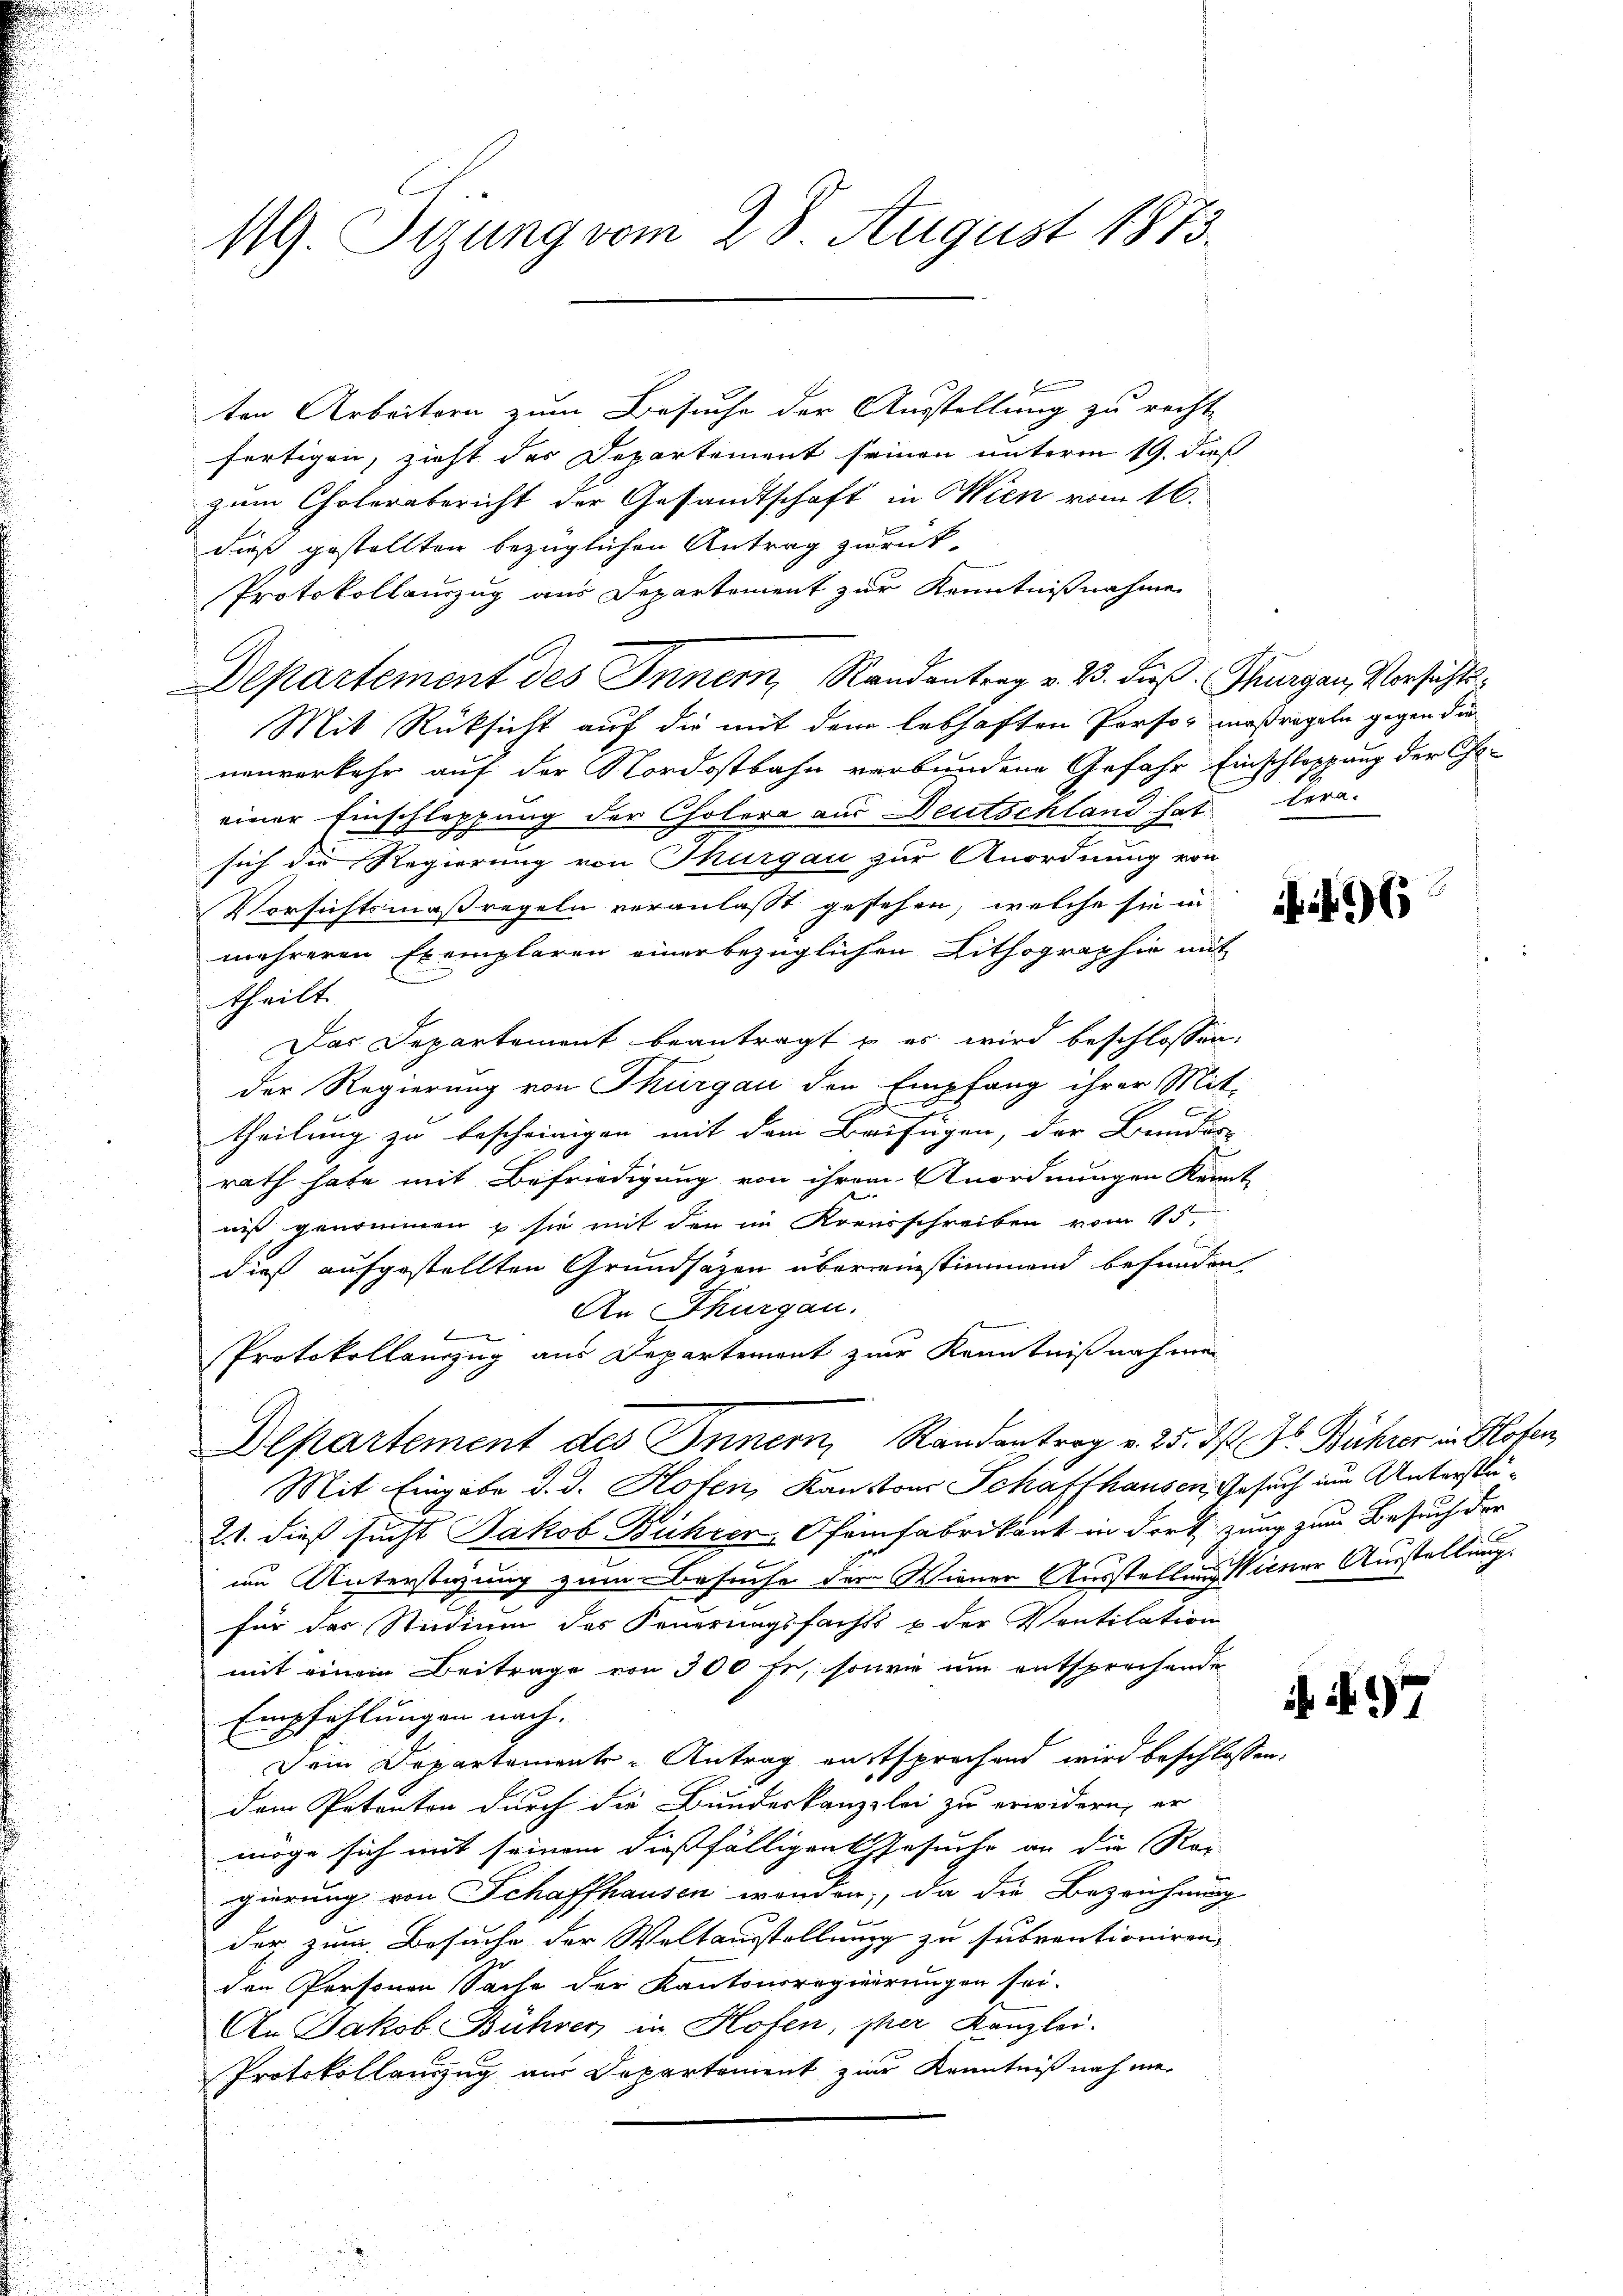
1. Tizung vom 28. August 1873.

ten Arbeitern zum Besuche der Ausstellung zu rechte
fertigen, zieht des Departement seinen unterm 19. dieß
zum Cholerabericht der Gesandtschaft in Wien vom 16.
dieß gestellten bezüglichen Antrag zurück-
Protokollauszug aus Departement zur Kenntnißnahme
Departement des Innern, Randentrag v. 23. dieß: Thurgau, Vorsichts¬
Mit Rücksicht auf die mit dem lebhaften Person maßregeln gegen die
nenverkehr auf der Nordostbahn verbundene Gefahr Einschleppung der Choeiner Einschleppung der Cholera aus Deutschland hat lern.
sich die Regierung von Thurgau zur Anordnung von
Vorsichtsmaßregeln veranlasst gestehen, welche sie in
mehreren Exemplaren einer bezüglichen Lithographie mit
theilt.
Das Departement beantragt u es wird beschlossen:
der Regierung von Thurgau den Empfang ihrer Mit-
d
d
theilung zu bescheinigen mit dem Beifügen, der Bundere
rath habe mit Befriedigung von ihrem Anordnungen Kennt
niß genommen u sie mit den im Kreisschreiben vom 15.
dieß aufgestellten Grundsätzen übereinstimmend befunden.
An Thurgau.
Protokollauszug aus Departement zur Kenntnißnahmen
Departement des Innern, Randantrag v. 25. ds. Dr. Bührer in Hofen,
Mit Eingabe d. d. Hofen, Kantons Schaffhausen, Gesuch um Unterstü¬
21. dieß sucht Jakob Bührer Ofenfabrikant in dort zung zum Besuch der
um Unterstüzung zum Besuche der Wiener Ausstellung seiner Ausstellung.
für das Studium des Feuerungsfachs & der Ventilation
mit einem Beitrage von 300 fr, sowie um entsprechende
Empfehlungen nach.
Dein Departements-Antrag entsprechend wird beschlossen:
dem Petenton durch die Bundeskanzlei zu erwidern, er
möge sich mit seinem dießfälligen Gesuche an die Rei
gierung von Schaffhausen worden, da die Bezeichnung
.
der zum Besuche der Weltausstellung zu subventioniren,
den Personen Sache der Kantonsregierungen sei.
An Jakob Bührer in Hofen, pher Kanzlei.
Protokollenzug aus Departement zur Kenntniß noch mei

496

1

d 97